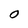
Character: 0